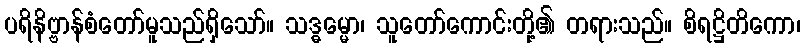
ပရိနိဗ္ဗာန်စံတော်မူသည်ရှိသော်။ သဒ္ဓမ္မော၊ သူတော်ကောင်းတို့၏ တရားသည်။ စိရဋ္ဌိတိကော၊